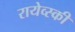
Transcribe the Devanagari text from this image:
रायेव्स्की